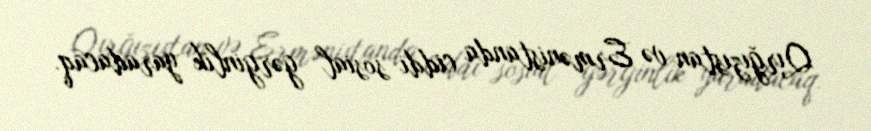
Qırğızıstan və Ermənistanda ciddi sosial gərginlik yaradacaq.